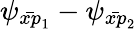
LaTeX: \psi_{\bar{xp}_{1}}-\psi_{\bar{xp}_{2}}